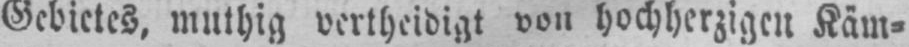
Gebietes, muthig vertheidigt von hochherzigen Käm⸗